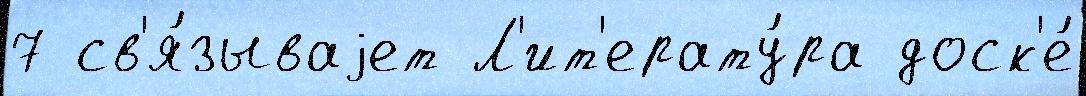
7 св'я́зываjет Л'ит'ерату́ра доск'е́